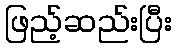
ဖြည့်ဆည်းပြီး